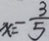
x = - \frac { 3 } { 5 }